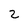
Character: 2